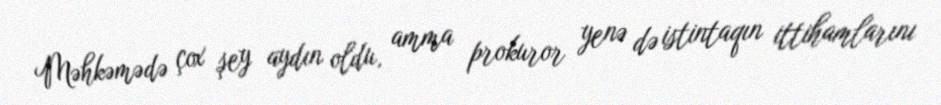
Məhkəmədə çox şey aydın oldu, amma prokuror yenə də istintaqın ittihamlarını